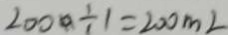
2 0 0 0 \div 1 = 2 0 0 m l